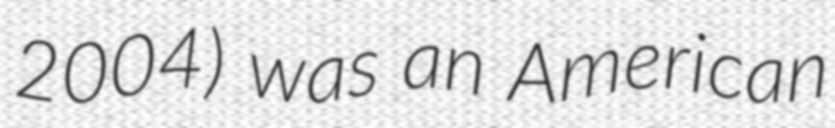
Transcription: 2004) was an American